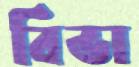
বিভা